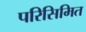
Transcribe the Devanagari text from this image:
परिसिमित